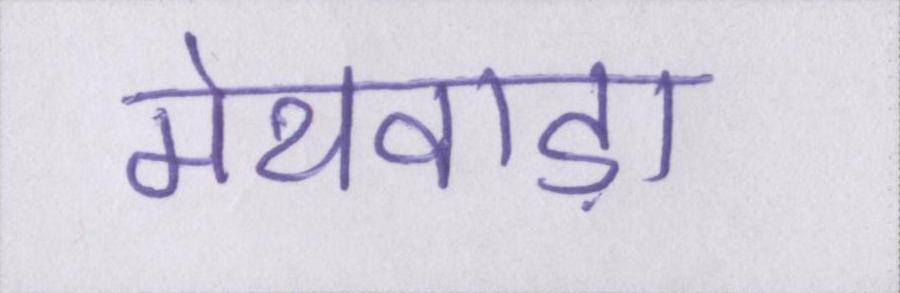
मेथवाड़ा